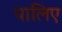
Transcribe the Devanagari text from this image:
पालिए